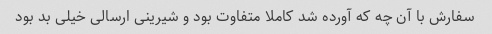
سفارش با آن چه که آورده شد کاملا متفاوت بود و شیرینی ارسالی خیلی بد بود